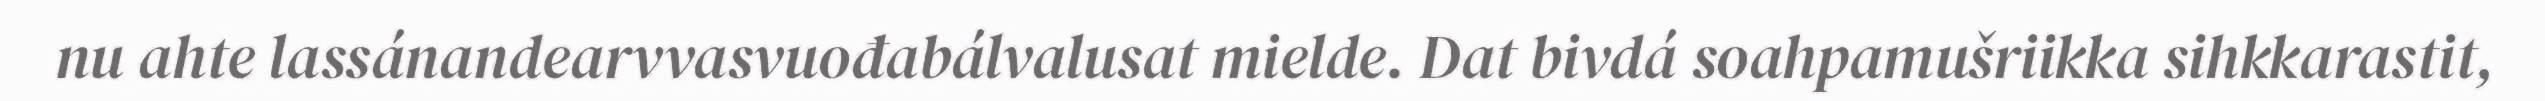
nu ahte lassánandearvvasvuođabálvalusat mielde. Dat bivdá soahpamušriikka sihkkarastit,